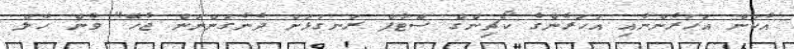
އެކަން އަހަރެންނާއި އަހަރެންގެ ކޯޗިންގް ސްޓާފް ރަނގަޅަށް ދެނެގަންނަން ޖެހޭ" ވެން ހާލް